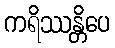
ကရိဿန္တိပေ